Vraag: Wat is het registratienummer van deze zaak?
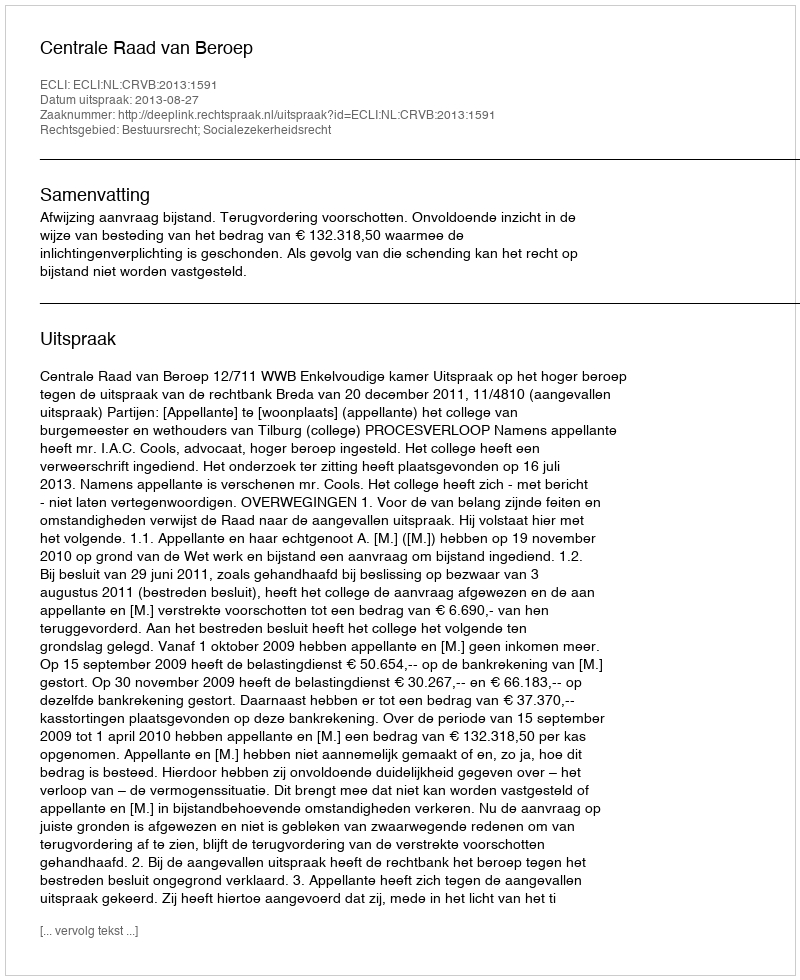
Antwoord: http://deeplink.rechtspraak.nl/uitspraak?id=ECLI:NL:CRVB:2013:1591